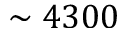
\sim 4 3 0 0